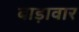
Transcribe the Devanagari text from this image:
बाड़ावार